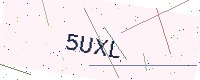
Text: 5UXL